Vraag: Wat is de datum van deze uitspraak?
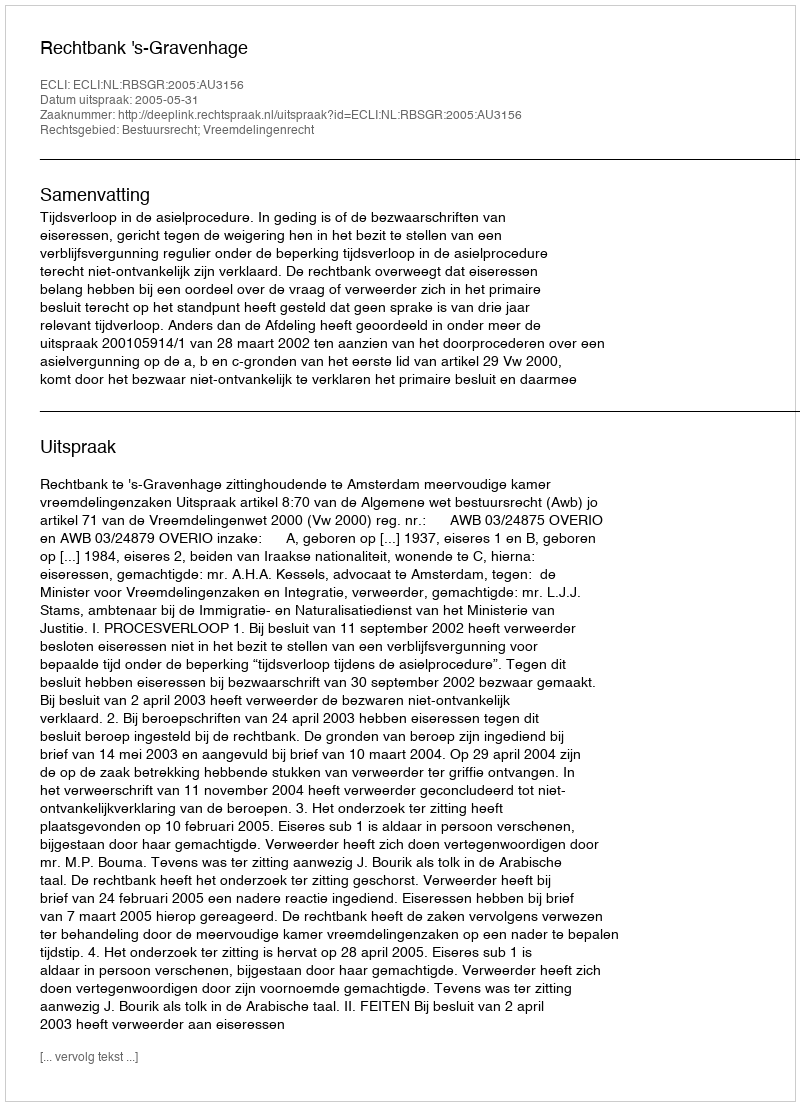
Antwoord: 2005-05-31